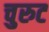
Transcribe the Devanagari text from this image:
चुरुट